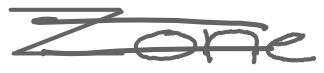
Text: Zone
Cross-out: double-line
Writing tool: digital_gray